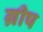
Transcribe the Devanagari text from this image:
ग्रीष